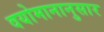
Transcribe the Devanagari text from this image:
वयोमानानुसार